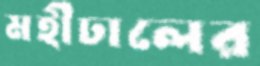
মহীঢালের